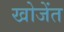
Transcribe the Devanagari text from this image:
खोजेंत